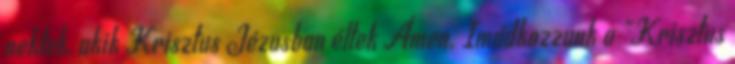
nektek, akik Krisztus Jézusban éltek Ámen. Imádkozzunk a "Krisztus